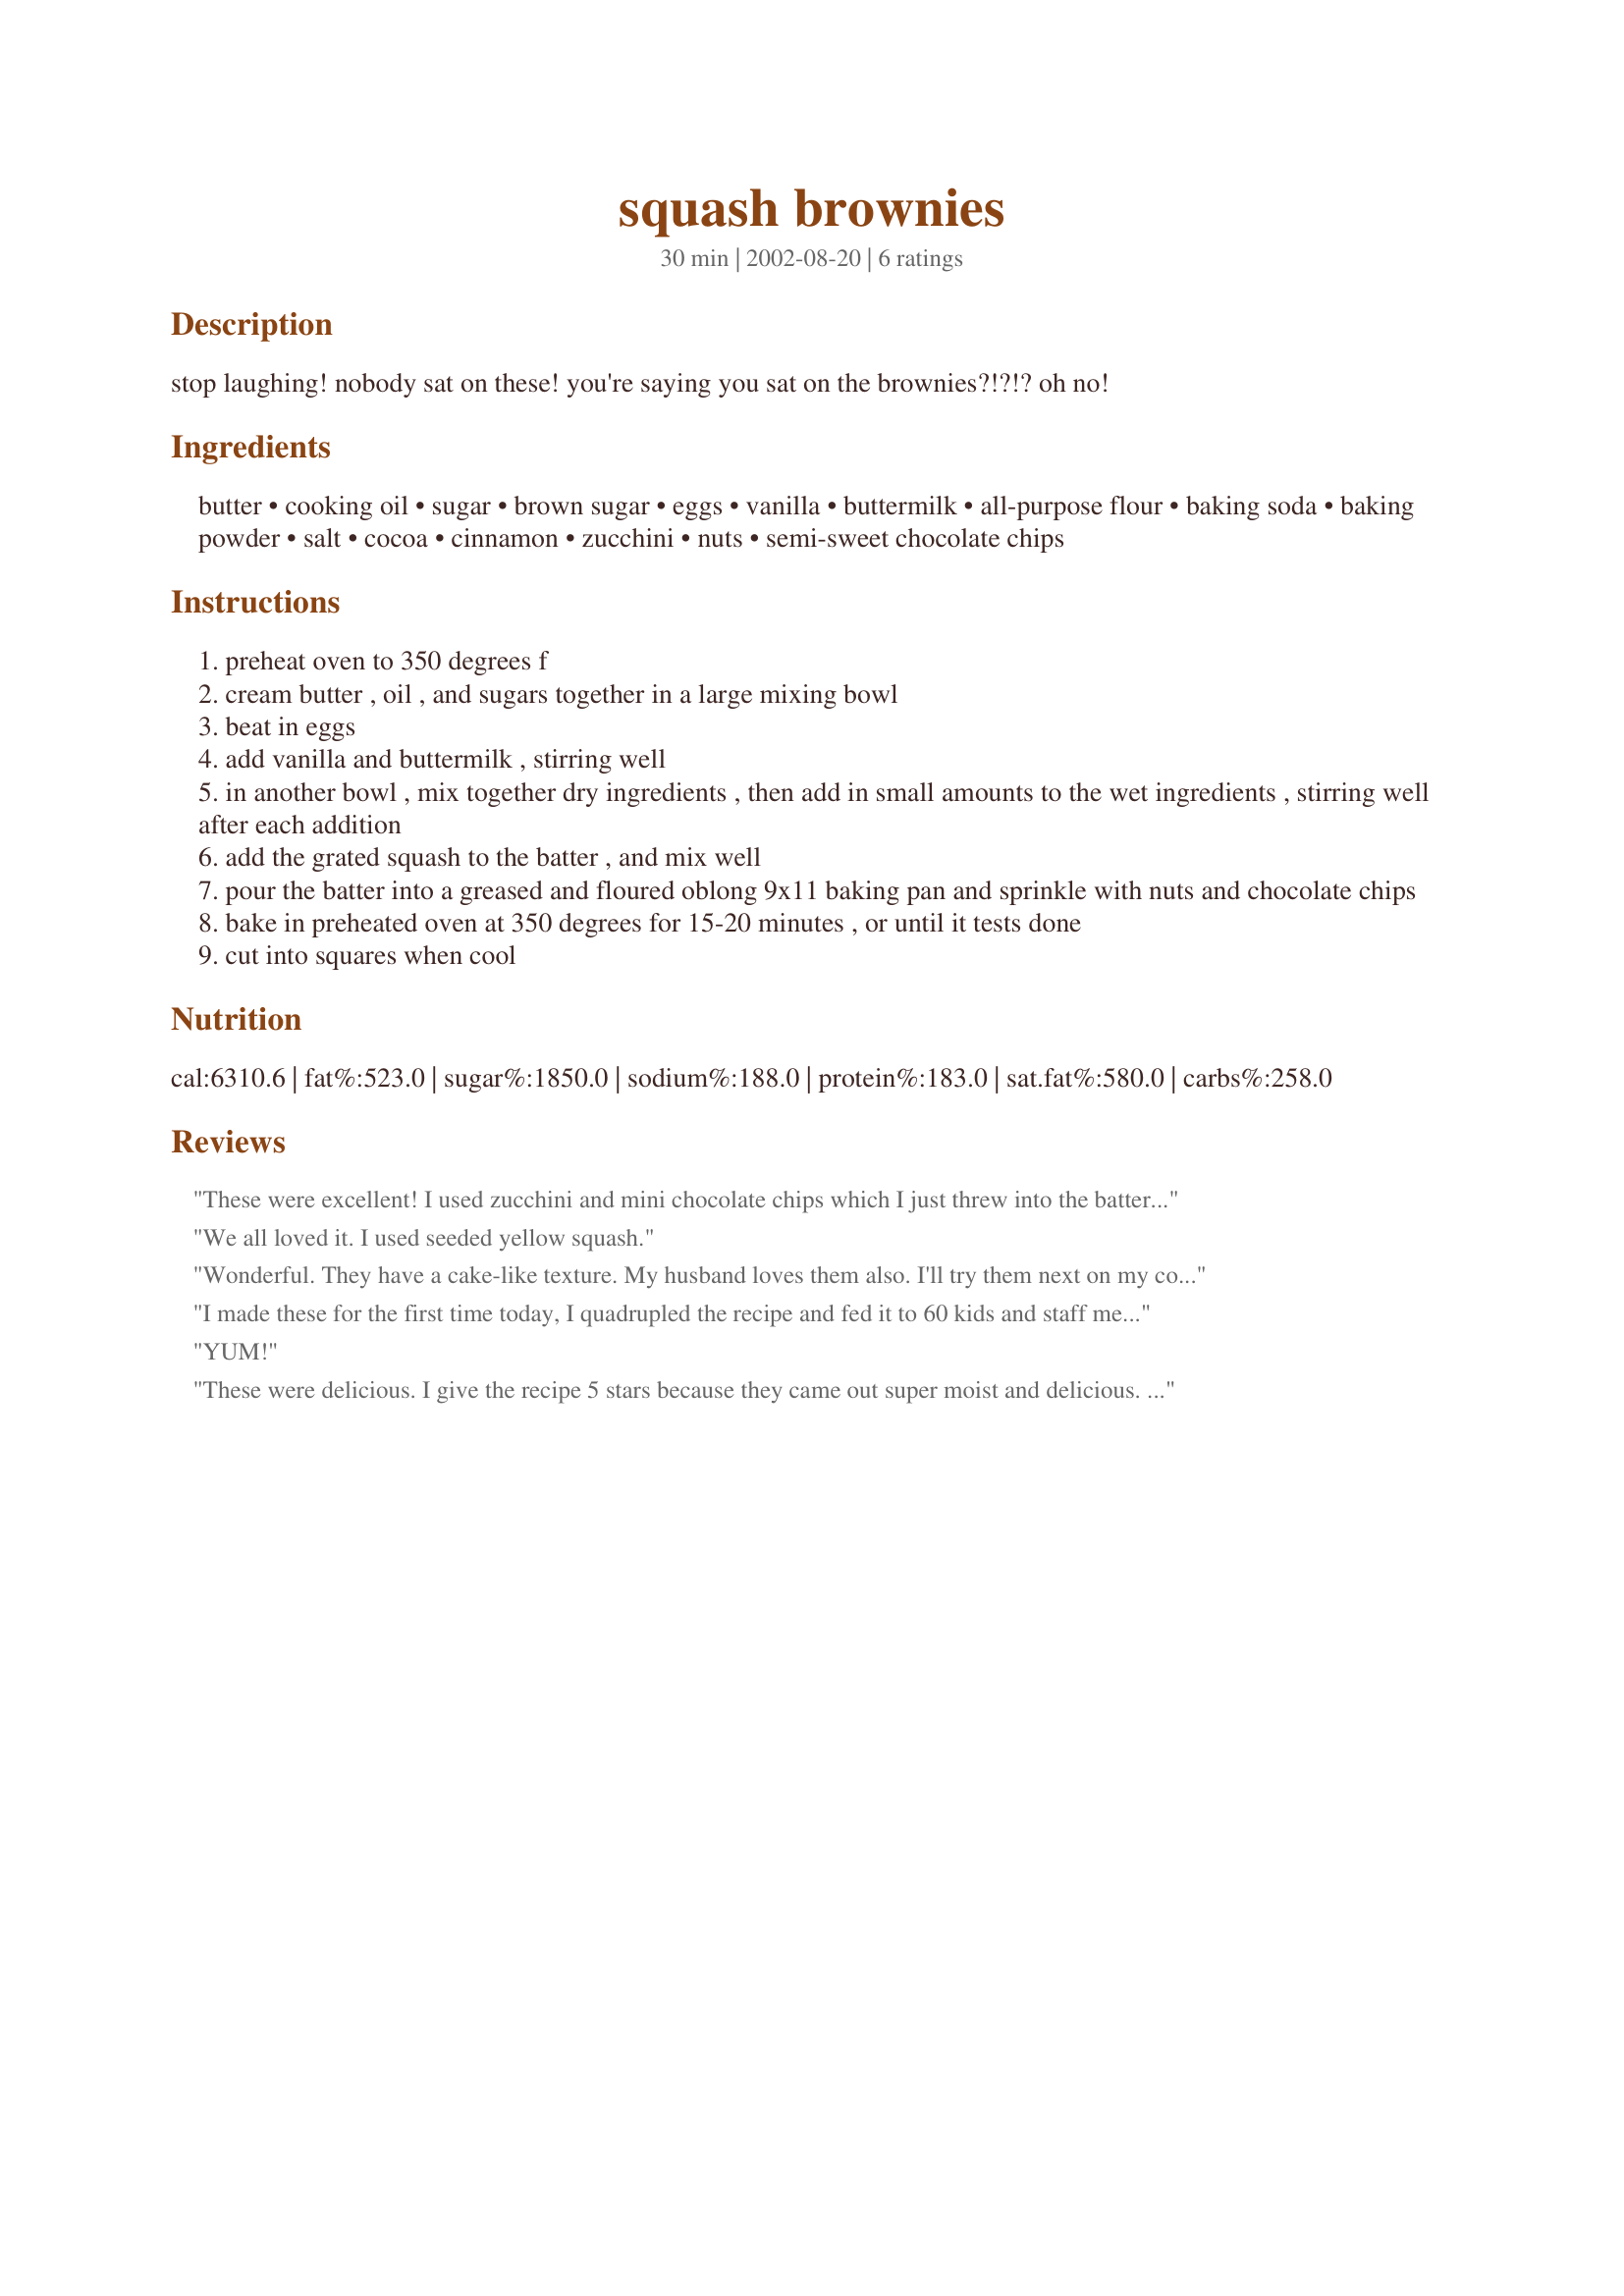
squash brownies
Preparation time: 30 minutes

stop laughing! nobody sat on these! you're saying you sat on the brownies?!?!? oh no!

Ingredients:
butter, cooking oil, sugar, brown sugar, eggs, vanilla, buttermilk, all-purpose flour, baking soda, baking powder, salt, cocoa, cinnamon, zucchini, nuts, semi-sweet chocolate chips

Steps:
preheat oven to 350 degrees f
cream butter , oil , and sugars together in a large mixing bowl
beat in eggs
add vanilla and buttermilk , stirring well
in another bowl , mix together dry ingredients , then add in small amounts to the wet ingredients , stirring well after each addition
add the grated squash to the batter , and mix well
pour the batter into a greased and floured oblong 9x11 baking pan and sprinkle with nuts and chocolate chips
bake in preheated oven at 350 degrees for 15-20 minutes , or until it tests done
cut into squares when cool

Reviews:
These were excellent! I used zucchini and mini chocolate chips which I just threw into the batter. These were a rich, cake like brownie.
We all loved it. I used seeded yellow squash.
Wonderful. They have a cake-like texture. My husband loves them also. I'll try them next on my co-workers who hate vegetables. They'll never know they are eating squash.
I made these for the first time today, I quadrupled the recipe and fed it to 60 kids and staff members. The kids didn't even know they were eating zucchini all they seen was chocolate. The only changes I made were I used rice milk mixed with vinegar instead of buttermilk, 7 cups zucchini that was frozen and drained and used half whole wheat flour, they were still moist and cake-like. I didn't use the chocolate chips (didn't have any) or nuts (a nut free school).

I finally made these at home. I used 1 1/2 cups whole wheat and replaced the oil with applesauce and used pecans, still no chocolate chips, they were still very cake-like, we also baked up some in the Easy Bake oven, I put 2 tablespoons of batter in each easy bake pan and baked for 8 minutes, the kids loved it.
YUM!
These were delicious. I give the recipe 5 stars because they came out super moist and delicious. My neighbors, co-workers and family (I had a LOT of squash) loved it.
BUT! Be warned about the name. They came out very cake-like. It will be the most moist and delicious cake you've ever made, but not really brownie consistency.
